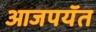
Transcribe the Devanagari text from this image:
आजपयॅत